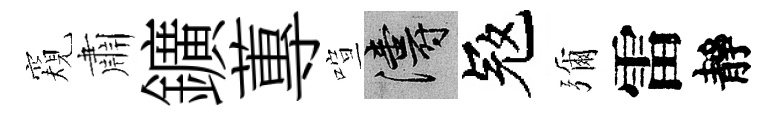
窺肅鑛蓴喧濤冦彌雷靜